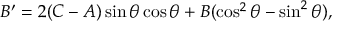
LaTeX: B ^ { \prime } = 2 ( C - A ) \sin \theta \cos \theta + B ( \cos ^ { 2 } \theta - \sin ^ { 2 } \theta ) ,